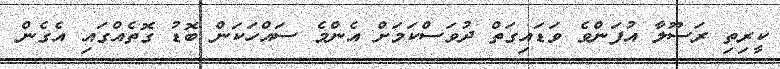
ކީރިތި ރަސޫލާ އުފަންވެ ވަޑައިގަތް ދުވަސްކަމަށް އެންމެ ސައްހަކަން ބޮޑު ގޮތެއްގައި އެގެން